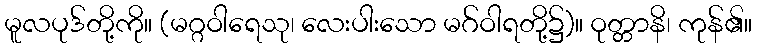
မူလပုဒ်တို့ကို။ (မဂ္ဂဝါရေသု၊ လေးပါးသော မဂ်ဝါရတို့၌)။ ဝုတ္တာနိ၊ ကုန်၏။